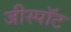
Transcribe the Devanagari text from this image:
जीस्पॉट